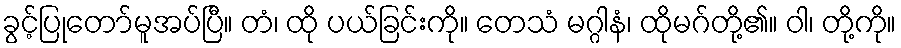
ခွင့်ပြုတော်မူအပ်ပြီ။ တံ၊ ထို ပယ်ခြင်းကို။ တေသံ မဂ္ဂါနံ၊ ထိုမဂ်တို့၏။ ဝါ၊ တို့ကို။